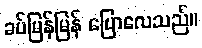
ခပ်မြန်မြန် ပြောလေသည်။